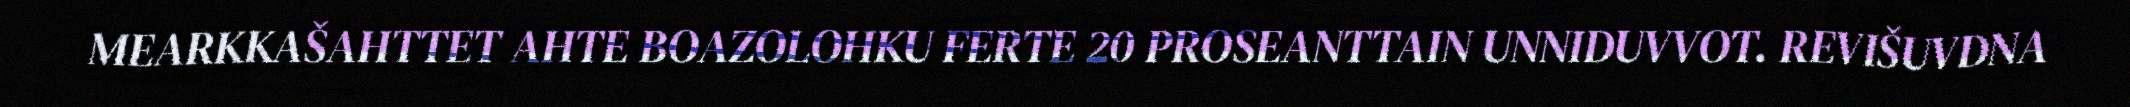
MEARKKAŠAHTTET AHTE BOAZOLOHKU FERTE 20 PROSEANTTAIN UNNIDUVVOT. REVIŠUVDNA